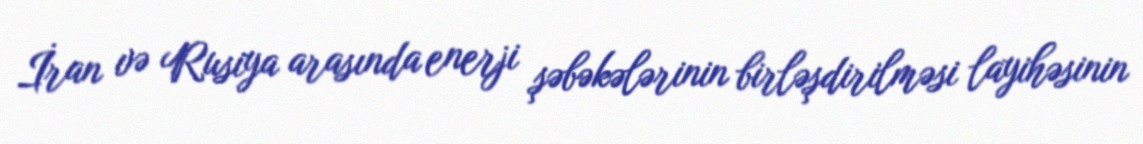
İran və Rusiya arasında enerji şəbəkələrinin birləşdirilməsi layihəsinin